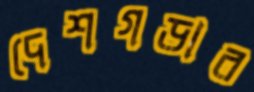
দেশগড়ার